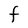
Character: F